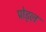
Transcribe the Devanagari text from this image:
प्रोड्ल